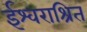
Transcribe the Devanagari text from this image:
ईश्वराश्रित